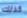
كذلك